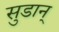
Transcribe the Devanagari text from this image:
सुडान्